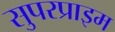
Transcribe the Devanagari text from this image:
सुपरप्राइम